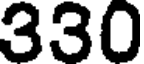
330